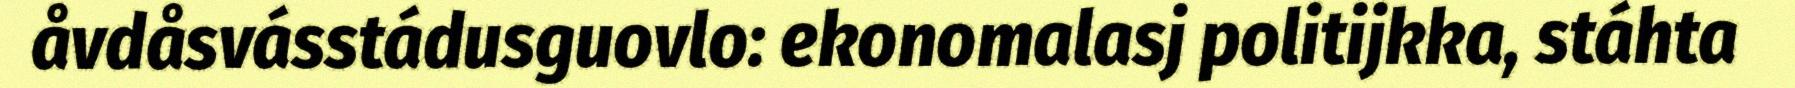
åvdåsvásstádusguovlo: ekonomalasj politijkka, stáhta